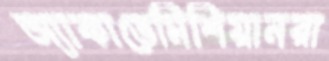
অ্যাকাডেমিশিয়ানরা